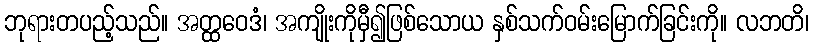
ဘုရားတပည့်သည်။ အတ္ထဝေဒံ၊ အကျိုးကိုမှီ၍ဖြစ်သောယ နှစ်သက်ဝမ်းမြောက်ခြင်းကို။ လဘတိ၊